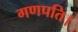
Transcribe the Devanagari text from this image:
गणपति।